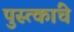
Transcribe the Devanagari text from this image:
पुस्त्कांचे